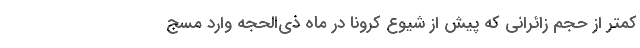
کمتر از حجم زائرانی که پیش از شیوع کرونا در ماه ذی‌الحجه وارد مسج